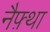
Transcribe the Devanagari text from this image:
नैफ़्था